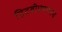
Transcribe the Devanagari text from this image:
टिटवीप्रमाणेच